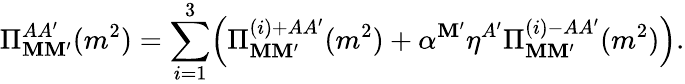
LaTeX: \Pi_{\mathbf{M}\mathbf{M}^{\prime}}^{AA^{\prime}}(m^{2})=\sum_{i=1}^{3}\Bigl(\Pi_{\mathbf{M}\mathbf{M}^{\prime}}^{(i)+AA^{\prime}}(m^{2})+\alpha^{\mathbf{M}^{\prime}}\eta^{A^{\prime}}\Pi_{\mathbf{M}\mathbf{M}^{\prime}}^{(i)-AA^{\prime}}(m^{2})\Bigr).